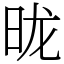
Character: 昽